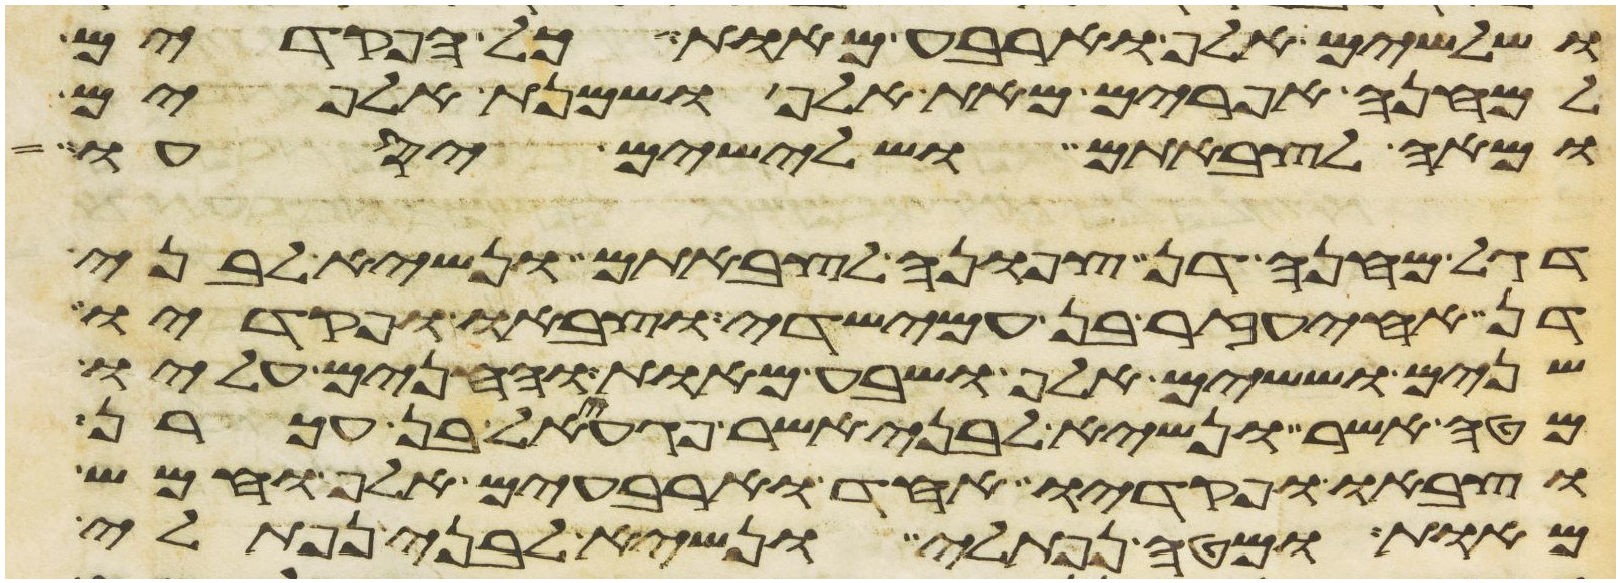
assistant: ושלשים אלף וארבע מאות כל הפקדים
למחנה אפרים מאת אלף ושמנת אלפים
ומאה לצבאתם ושלישים יסעו
דגל מחנה דן צפונה לצבאתם ונשיא לבני
דן אחיעזר בן עמישדי וצבאו ופקדיו
שנים וששים אלף ושבע מאות והחנים עליו
מטה אשר ונשיא לבני אשר פגעאל בן עכרן
וצבאו ופקדיו אחד וארבעים אלף וחמש
מאות ומטה נפתלי ונשיא לבני נפתלי